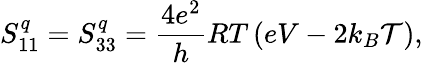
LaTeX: {S_{11}^{q}=S_{33}^{q}=\frac{4e^{2}}{h}RT\left(eV-2k_{B}\mathcal{T}\right)},